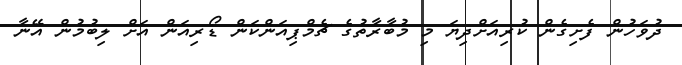
ދުވަހުން ފެށިގެން ކުރިއަށްދިޔަ މި މުބާރާތުގެ ޗެމްޕިއަންކަން ޑޯރިއަން އަށް ލިބުމުން އޭނާ